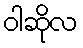
ဝါဆိုလ